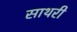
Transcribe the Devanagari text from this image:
साथरी